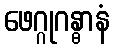
ဖေဂ္ဂုဂန္ဓာနံ